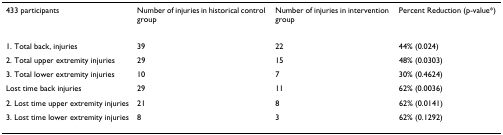
| 433 participants | Number of injuries in historical control group | Number of injuries in intervention group | Percent Reduction (p-value*) |
 | --- | --- | --- | --- |
 | 1. Total back, injuries | 39 | 22 | 44% (0.024) |
 | 2. Total upper extremity injuries | 29 | 15 | 48% (0.0303) |
 | 3. Total lower extremity injuries | 10 | 7 | 30% (0.4624) |
 | Lost time back injuries | 29 | 11 | 62% (0.0036) |
 | 2. Lost time upper extremity injuries | 21 | 8 | 62% (0.0141) |
 | 3. Lost time lower extremity injuries | 8 | 3 | 62% (0.1292) |